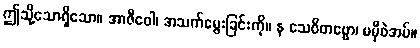
ဤသို့သောရှိသော။ အာဇီဝေါ၊ အသက်မွေးခြင်းကို။ န သေဝိတဗ္ဗော၊ မမှီဝဲအပ်။